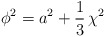
\begin{align*}\phi^2=a^2+\frac{1}{3}\,\chi^2\end{align*}